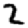
Digit: 2